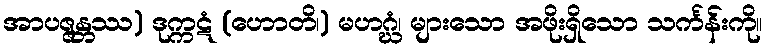
အာပဇ္ဇန္တဿ) ဒုက္ကဋံ (ဟောတိ၊) မဟဂ္ဃံ၊ များသော အဖိုးရှိသော သင်္ကန်းကို။